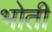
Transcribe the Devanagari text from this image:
भोती